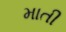
માતી